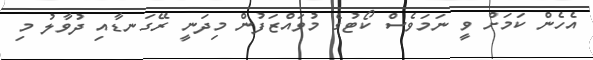
އެހެން ކަމަށް ވީ ނަމަވެސް ކޯޓުގެ މުވައްޒަފުން މިދަނީ ރޭގަނޑާއި ދުވާލު މި